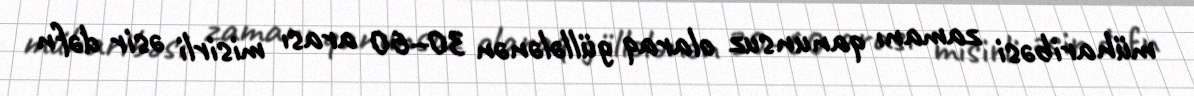
müharibəsi zamanı qanunsuz olaraq güllələnən 30–60 arası misirli əsir dəfn